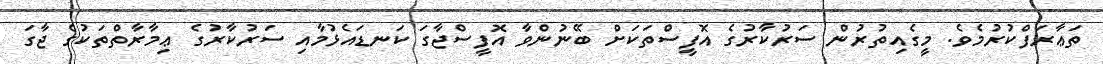
ތަޢާރަފްކުރުމެވެ. މީގެއިތުރުން ސަރުކާރުގެ އޮފީސްތަކަށް ބޭނުންވާ އޮފީސްޖާގަ ކަނޑައެޅުމާއި ސަރުކާރުގެ ޢިމާރާތްތަކުގެ ޖާގަ